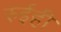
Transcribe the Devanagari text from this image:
रुईही